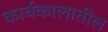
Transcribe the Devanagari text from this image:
कार्यकालातील